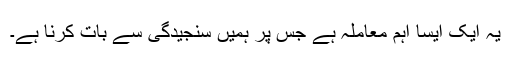
یہ ایک ایسا اہم معاملہ ہے جس پر ہمیں سنجیدگی سے بات کرنا ہے۔